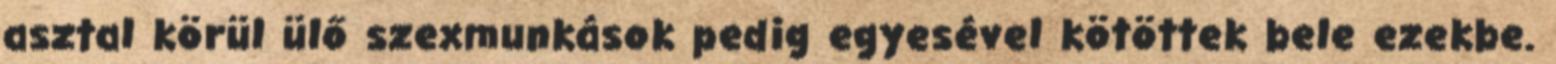
asztal körül ülő szexmunkások pedig egyesével kötöttek bele ezekbe.